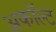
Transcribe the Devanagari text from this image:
अकॉल्ट